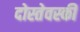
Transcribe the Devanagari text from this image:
दोस्तेवस्की